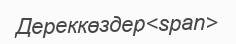
Дереккөздер<span>